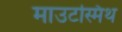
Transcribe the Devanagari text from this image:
माउटस्मिथ